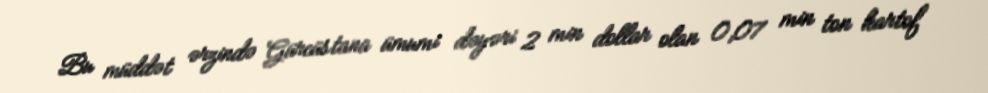
Bu müddət ərzində Gürcüstana ümumi dəyəri 2 min dollar olan 0,07 min ton kartof